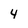
Character: 4